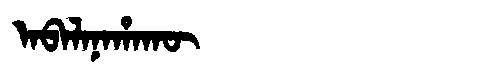
Manchu: ᠠᠪᠠᠯᠠᠨᠠᡥᠠᡴᡡ
Romanization: ABALANAHAKŪ